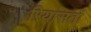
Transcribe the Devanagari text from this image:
ऱियासतों